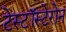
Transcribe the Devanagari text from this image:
टेस्टॉस्टेरोन